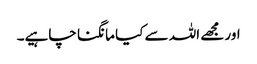
اور مجھے اللہ سے کیا مانگنا چاہیے۔